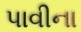
પાવીના